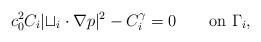
LaTeX: \begin{align*} c_0^2 C_i |\mathcal{t}_i\cdot\nabla p|^2 - C_i^\gamma = 0 \qquad\mbox{on }\Gamma_i,\end{align*}